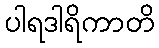
ပါရဒါရိကာတိ